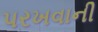
પરખવાની